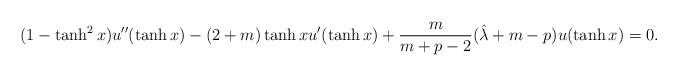
LaTeX: \begin{align*}(1-\tanh^2x)u''(\tanh x )-(2+m)\tanh x u'(\tanh x )+\frac{m}{m+p-2}(\hat{\lambda}+m-p)u(\tanh x )=0.\end{align*}